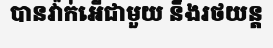
បានវ៉ាក់អើជាមួយ នឹងរថយន្ត